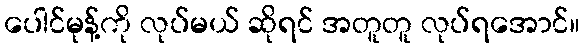
ပေါင်မုန့်ကို လုပ်မယ် ဆိုရင် အတူတူ လုပ်ရအောင်။